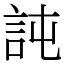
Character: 訰